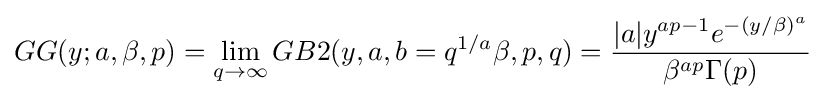
GG(y;a,\beta ,p)=\lim _{q\rightarrow \infty }GB2(y,a,b=q^{1/a}\beta ,p,q)={\frac {|a|y^{ap-1}e^{-(y/\beta )^{a}}}{\beta ^{ap}\Gamma (p)}}